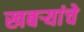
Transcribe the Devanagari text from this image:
खबऱ्यांचे